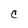
Character: C